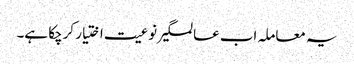
یہ معاملہ اب عالمگیر نوعیت اختیار کرچکا ہے۔